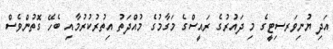
އަދި ޔުނިވަރސިޓީގެ މި ދައުރުގެ ރައީސްގެ މަގާމުގެ މުއްދަތު އިތުރުކުރުމާއި ބެހޭ ގޮތުންވެސް